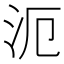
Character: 𣲣